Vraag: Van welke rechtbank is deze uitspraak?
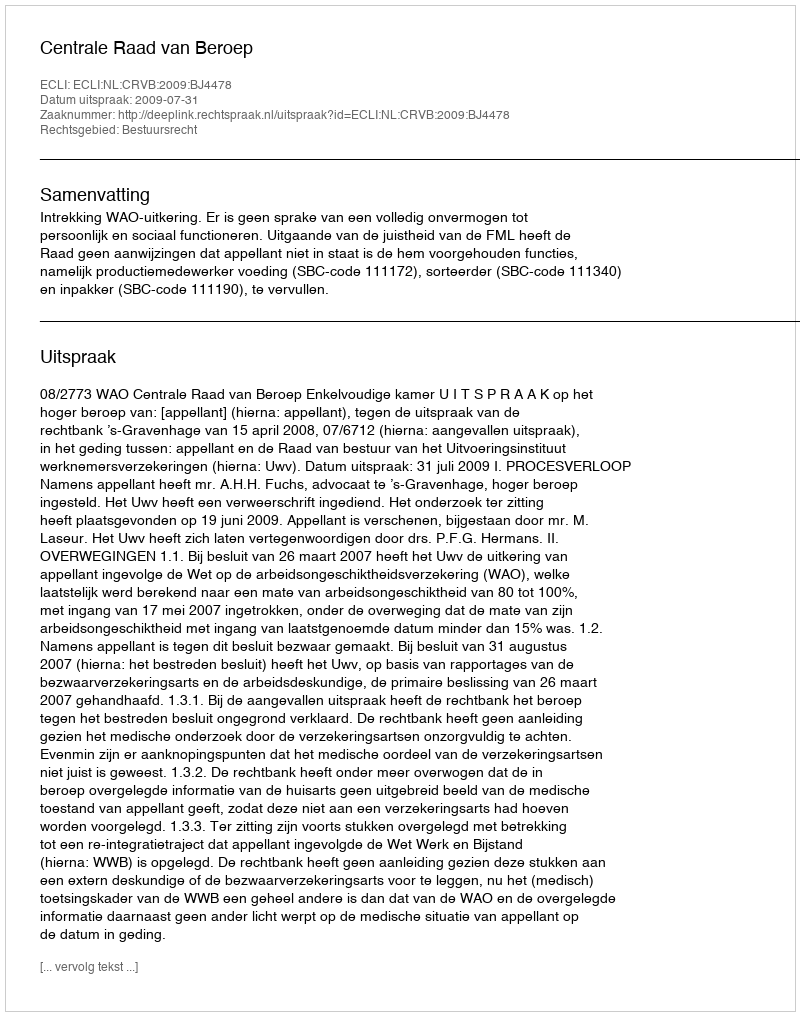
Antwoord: Centrale Raad van Beroep